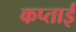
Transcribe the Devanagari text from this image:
कप्ताई